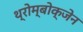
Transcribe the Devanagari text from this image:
थ्रोम्बोक्जेन